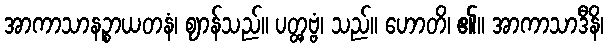
အာကာသာနဉ္စာယတနံ၊ ဈာန်သည်။ ပတ္တှဗ္ဗံ၊ သည်။ ဟောတိ၊ ၏။ အာကာသာဒီနိ၊